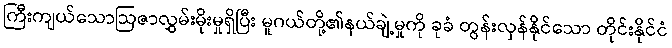
ကြီးကျယ်သောဩဇာလွှမ်းမိုးမှုရှိပြီး မူဂယ်တို့၏နယ်ချဲ့မှုကို ခုခံ တွန်းလှန်နိုင်သော တိုင်းနိုင်ငံ